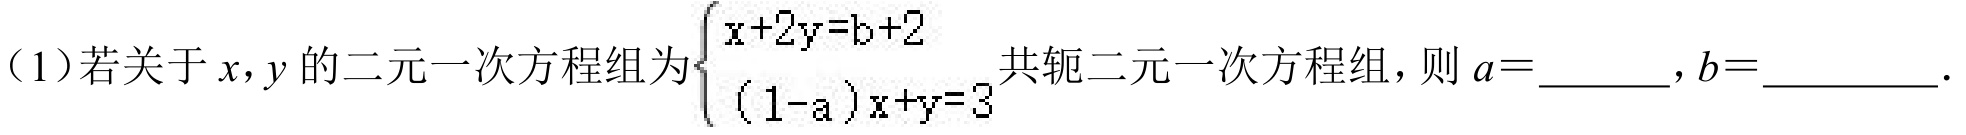
（1）若关于\(x,y\)的二元一次方程组为\(\begin{cases}x + 2y = b + 2\\(1 - a)x + y = 3\end{cases}\)共轭二元一次方程组，则\(a = \underline{\quad\quad},b = \underline{\quad\quad}\).